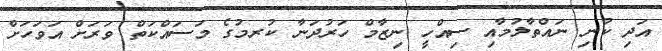
އަދި ކުނި ނައްތާލުމާއި ސިއްހީ ނިޒާމް ހަރުދަނާ ކުރމުގެ މަސައްކަތް ވަރަށް އަވަހަށް